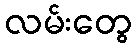
လမ်းတွေ